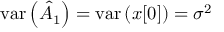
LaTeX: \mathrm { v a r } \left( { \hat { A } } _ { 1 } \right) = \mathrm { v a r } \left( x [ 0 ] \right) = \sigma ^ { 2 }